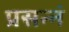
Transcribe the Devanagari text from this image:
प्रसन्नं